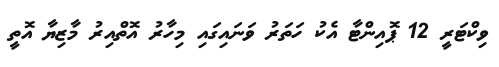
ވިކްޓަރީ 12 ޕޮއިންޓާ އެކު ހަތަރު ވަނައިގައި މިހާރު އޮތްއިރު މާޒިޔާ އޮތީ